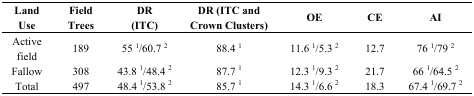
<table><thead><tr><td><b>Land Use</b></td><td><b>Field Trees</b></td><td><b>DR (ITC)</b></td><td><b>DR (ITC and Crown Clusters)</b></td><td><b>OE</b></td><td><b>CE</b></td><td><b>AI</b></td></tr></thead><tbody><tr><td>Active field</td><td>189</td><td>55 <sup>1</sup>/60.7 <sup>2</sup></td><td>88.4 <sup>1</sup></td><td>11.6 <sup>1</sup>/5.3 <sup>2</sup></td><td>12.7</td><td>76 <sup>1</sup>/79 <sup>2</sup></td></tr><tr><td>Fallow</td><td>308</td><td>43.8 <sup>1</sup>/48.4 <sup>2</sup></td><td>87.7 <sup>1</sup></td><td>12.3 <sup>1</sup>/9.3 <sup>2</sup></td><td>21.7</td><td>66 <sup>1</sup>/64.5 <sup>2</sup></td></tr><tr><td>Total</td><td>497</td><td>48.4 <sup>1</sup>/53.8 <sup>2</sup></td><td>85.7 <sup>1</sup></td><td>14.3 <sup>1</sup>/6.6 <sup>2</sup></td><td>18.3</td><td>67.4 <sup>1</sup>/69.7 <sup>2</sup></td></tr></tbody></table>